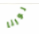
لورنا